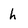
Character: h